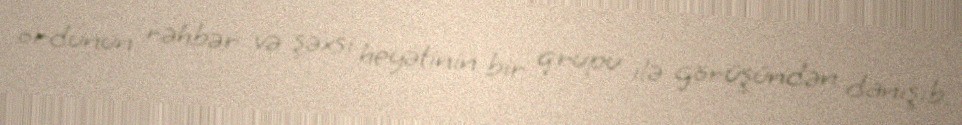
ordunun rəhbər və şəxsi heyətinin bir qrupu ilə görüşündən danışıb.